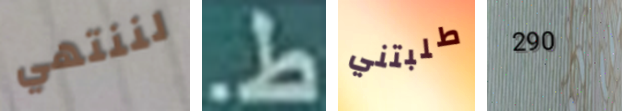
لننتهي ط. طلبتني 290